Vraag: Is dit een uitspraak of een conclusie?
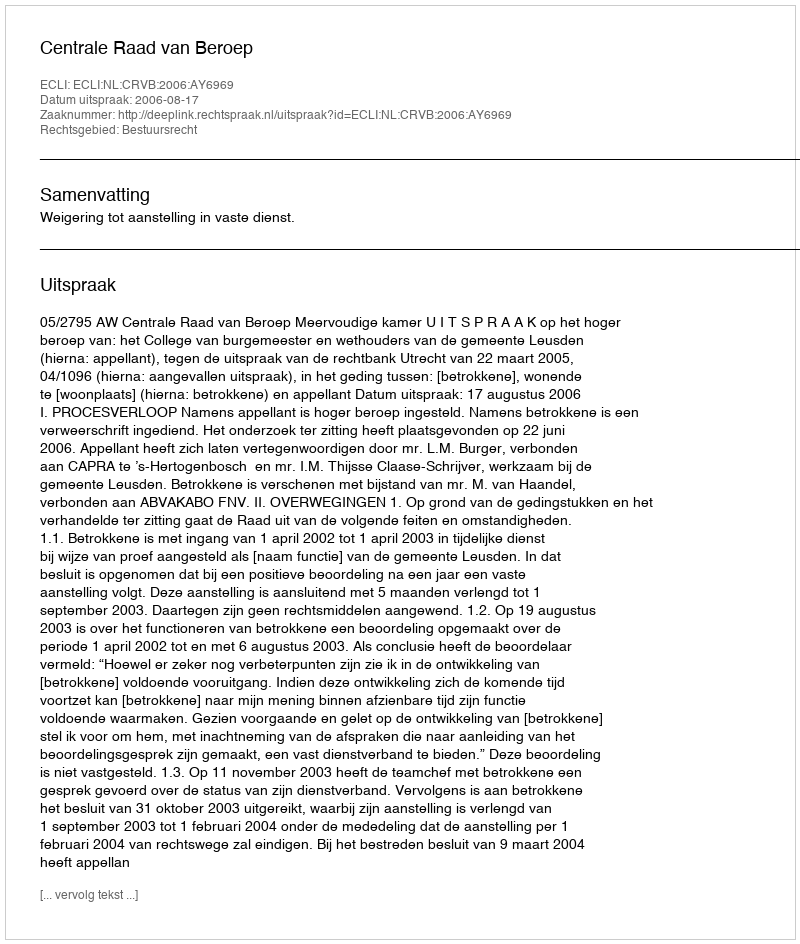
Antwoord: Uitspraak